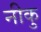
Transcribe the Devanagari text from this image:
नीकु